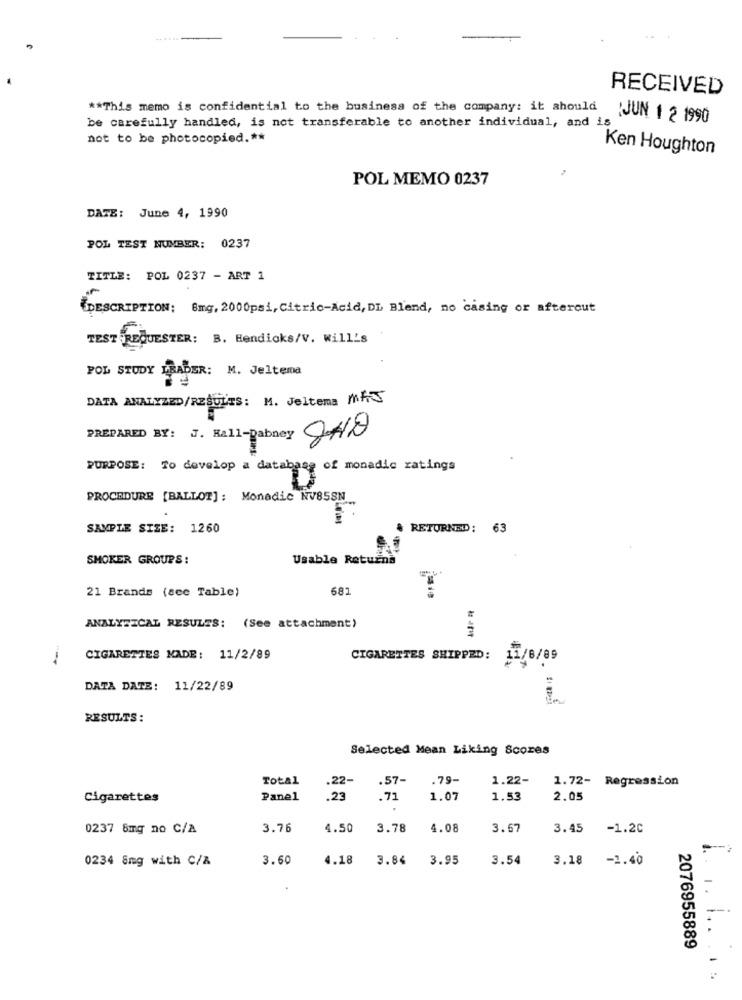
.. .....
RECEIVED
** This memo is confidential to the business of the company: it should
be carefully handled, is not transferable to another individual, and is
JUN 1 2 1990
not to be photocopied .**
Ken Houghton
POL MEMO 0237
DATE: June 4, 1990
POL TEST NUMBER: 0237
TITLE: POL 0237 - ART 1
{DESCRIPTION: 8mg, 2000psi, Citric-Acid, DL Blend, no casing or afterout
TEST REQUESTER: B. Hendicks/V. Will's
POL STUDY ERABER: M. Jeltema
DATA ANALYZED/RESULTS: M. Jeltema MAJ
PREPARED BY: J. Eall-Dabney ONO
PURPOSE: To develop a database of monadic ratings
PROCEDURE [BALLOT]: Monadic NV85SN
SAMPLE SIZE: 1260
RETURNED ;
63
SMOKER GROUPS:
Usable Returns
21 Brands (scc Table)
681
ANALYTICAL RESULTS: (See attachment)
CIGARETTES MADE: 11/2/89
CIGARETTES SHIPPED: 11/8/89
DATA DATE: 11/22/89
RESULTS:
Selected Mean Liking Scores
Total
.57-
.79-
1.22-
1.72- Regression
.22-
Cigarettes
Panel
.23
.71
1.07
1.53
2.05
0237 8mg no C/A
3.76
4.50
3.78
4.08
3.67
3.45
-1.20
-
0234 8mg with C/&
3.60
4.18
3.84
3.95
3.54
3.18 -1.40
1. 1.
2076955889